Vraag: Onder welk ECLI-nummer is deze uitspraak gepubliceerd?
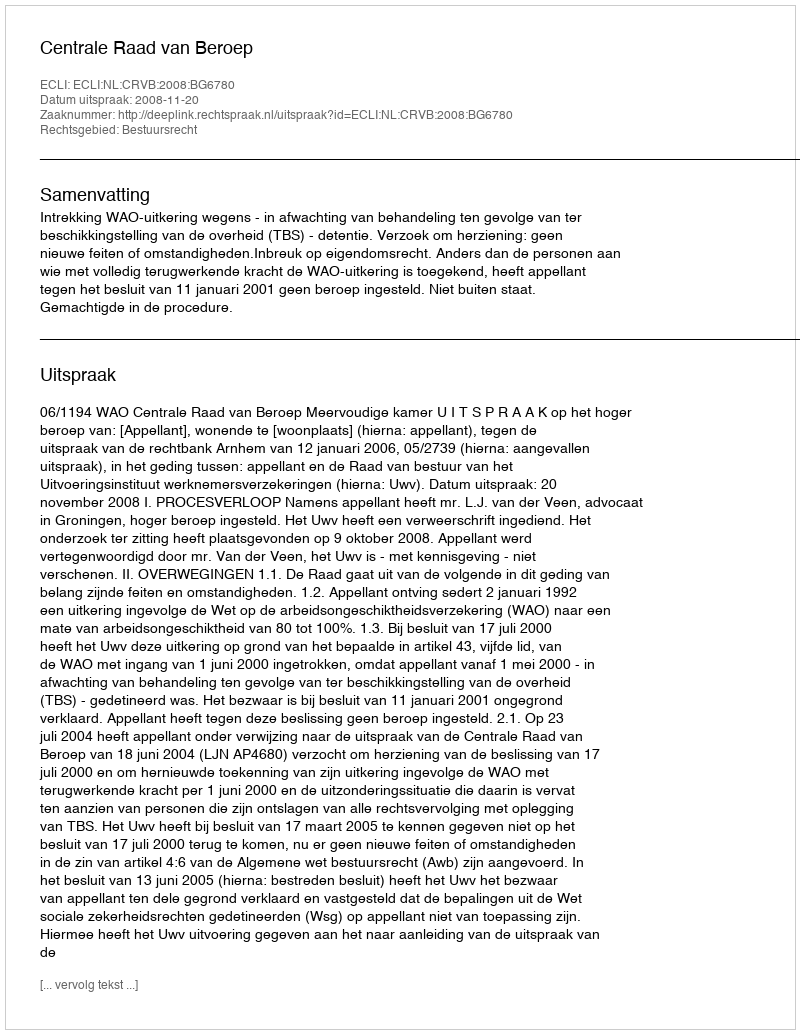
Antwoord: ECLI:NL:CRVB:2008:BG6780